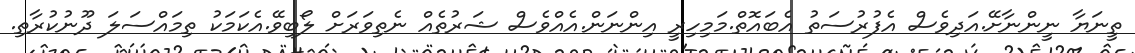
ތީނަޔާ ނީންނާށޭ.އަދިވެސް އެފުރުސަތު އެބައޮތް.މަމިހިރީ އިންނަން.އެއްވެސް ޝަރުތެއް ނެތިވަރަށް ލޯބިވޭ.އެކަމަކު ތިމައްސަލަ ދޫނުކުރާތި.